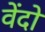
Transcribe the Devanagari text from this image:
वेंदो